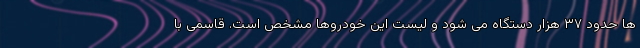
ها حدود ۳۷ هزار دستگاه می شود و لیست این خودروها مشخص است. قاسمی با